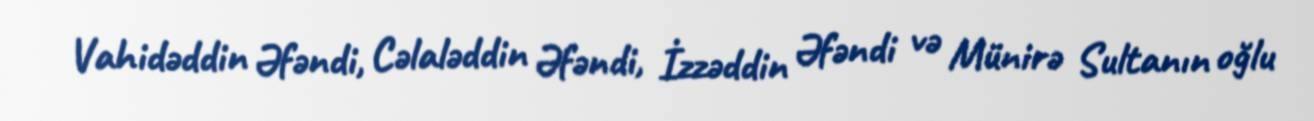
Vahidəddin Əfəndi, Cəlaləddin Əfəndi, İzzəddin Əfəndi və Münirə Sultanın oğlu